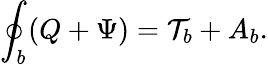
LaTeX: \oint_{b}(Q+\Psi)={\cal T}_{b}+A_{b}.